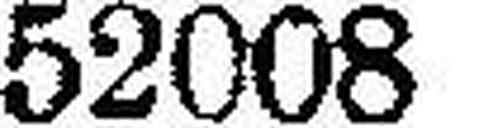
52008